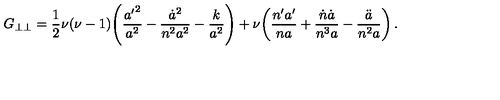
G _ { \perp \perp } = \frac { 1 } { 2 } \nu ( \nu - 1 ) \! \left( \frac { { a ^ { \prime } } ^ { 2 } } { a ^ { 2 } } - \frac { \dot { a } ^ { 2 } } { n ^ { 2 } a ^ { 2 } } - \frac { k } { a ^ { 2 } } \right) + \nu \! \left( \frac { n ^ { \prime } a ^ { \prime } } { n a } + \frac { \dot { n } \dot { a } } { n ^ { 3 } a } - \frac { \ddot { a } } { n ^ { 2 } a } \right) .